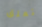
تعلق